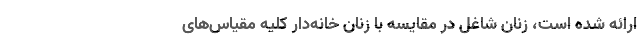
ارائه شده است، زنان شاغل در مقایسه با زنان خانه‌دار کلیه مقیاس‌های